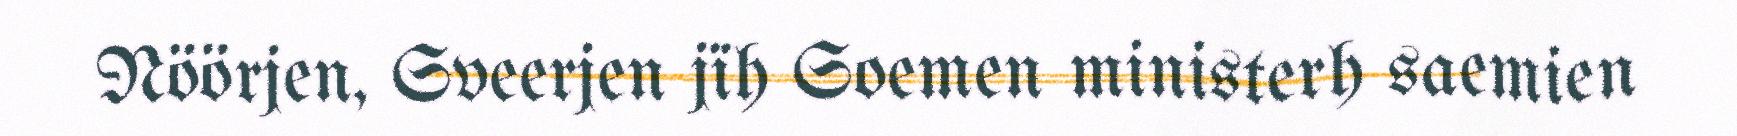
Nöörjen, Sveerjen jïh Soemen ministerh saemien